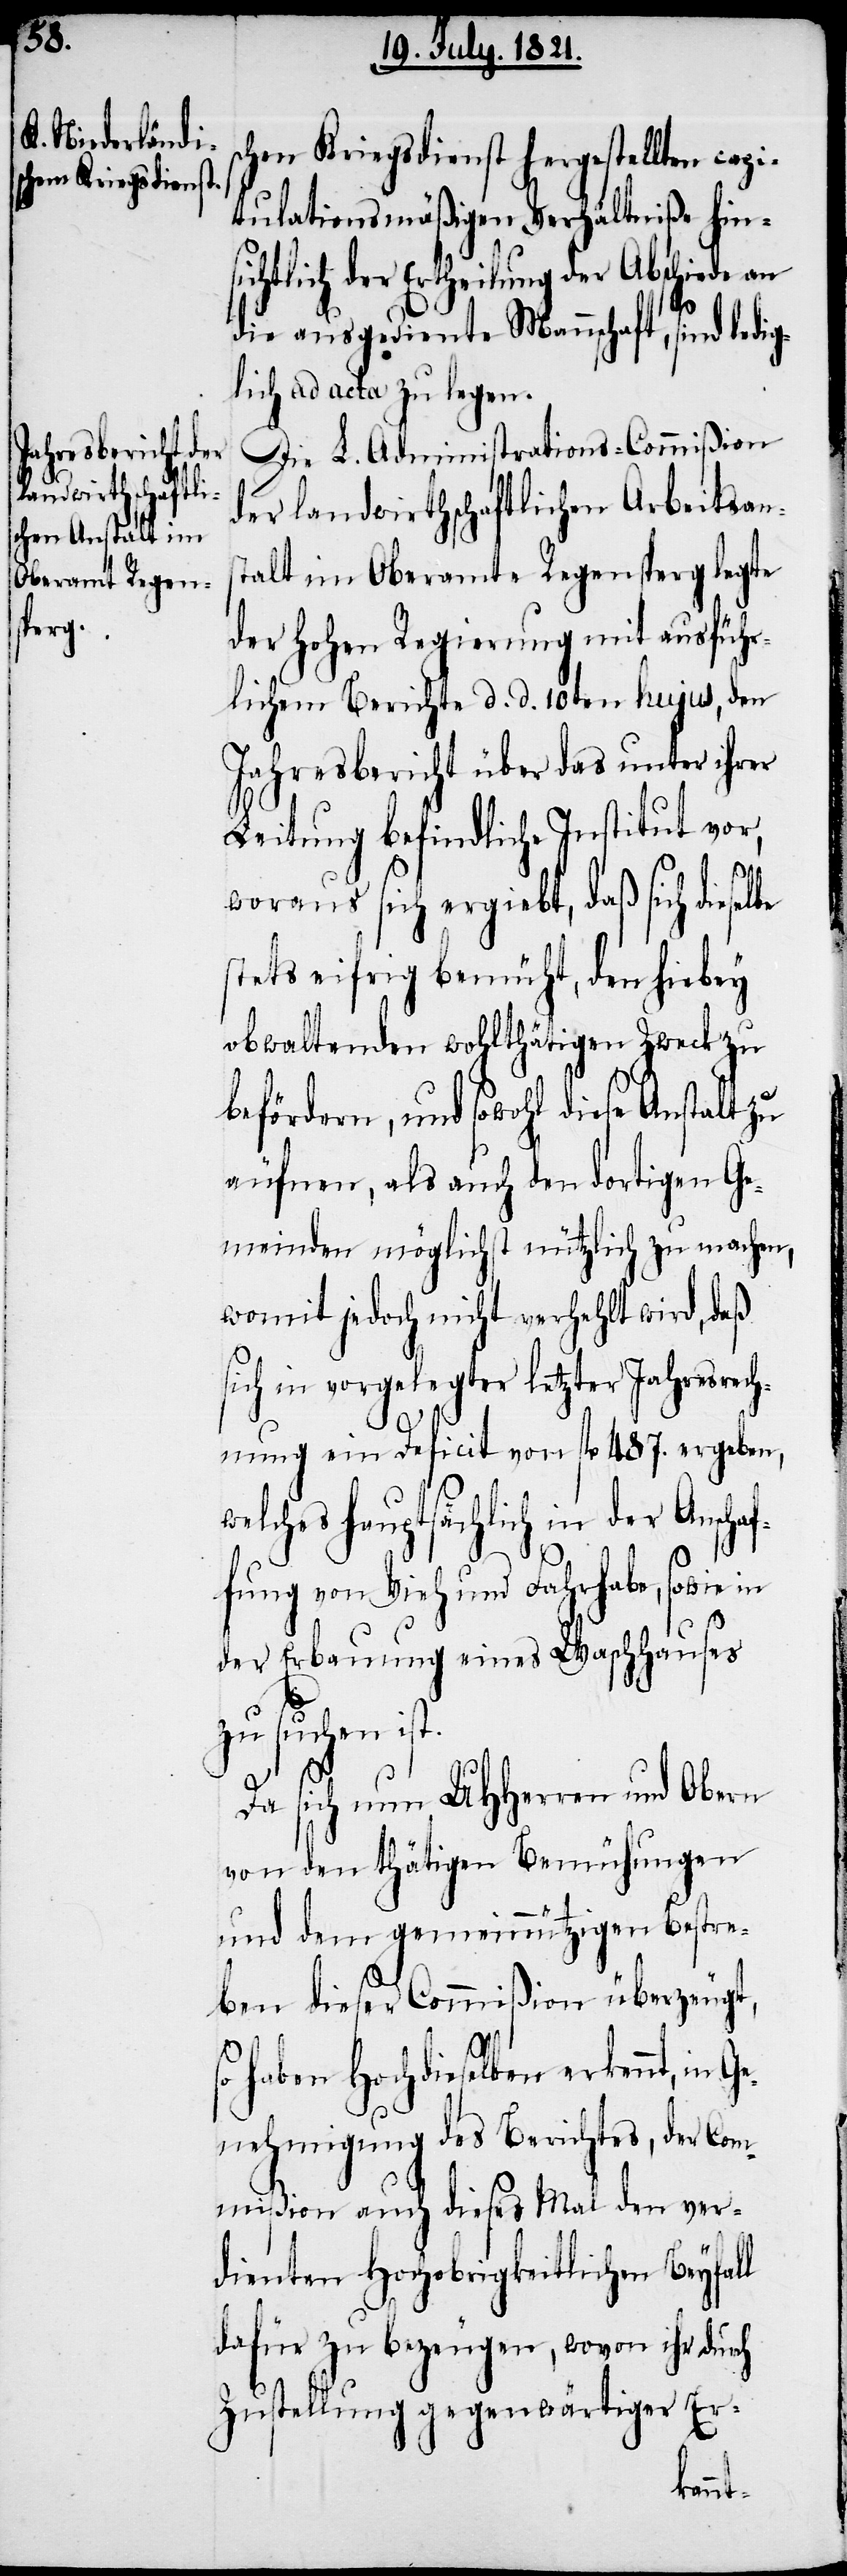
schen Kriegsdienst hergestellten capi¬
tulationsmäßigen Verhältniße hin¬
sichtlich der Ertheilung der Abschiede an
die ausgediente Mannschaft, sind ledig¬
lich ad acta zu legen.
Die L. Administrations-Commißion
der landwirthschaftlichen Arbeitsans¬
talt im Oberamte R6egensperg legte
der hohen Regierung mit ausführ¬
lichem Berichte d. d. 10ten hujus, den
Jahresbericht über das unter ihrer
Leitung befindliche Institut vor,
woraus sich ergiebt, daß sich dieselbe
stets eifrig bemüht, den hiebey
obwaltenden wohlthätigen Zweck zu
befördern, und sowohl diese Anstalt zu
äufnen, als auch dortigen Ge¬
meinden möglichst nützlich zu machen,
womit jedoch nicht verhehlt wird, daß
sich in vorgelegter letzter Jahresrech¬
nung ein Deficit von fl. 487. ergeben,
lches hauptsächlich in der Ansch¬
fung von Vieh und Fahrhabe, sowie
der Erbauung eines Waschhauses
zu suchen ist.
C¬
Da sich nun UHHerren und Obern
von den thätigen Bemühungen
und dem gemeinnützigen Bestre¬
ben dieser Commißion überzeugt,
haben Hochdieselben erkennt, der
ommißion auch dieses Mal den ver¬
dienten Hochobrigkeitlichen Beyfall
dafür zu bezeugen, wovon ihr durch
Zustellung gegenwärtiger Er-